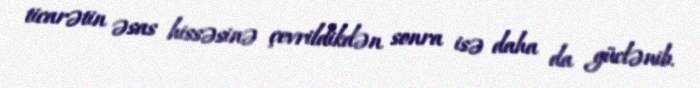
ticarətin əsas hissəsinə çevrildikdən sonra isə daha da güclənib.